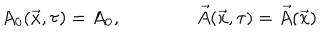
A _ { 0 } ( \vec { x } , \tau ) = A _ { 0 } , \qquad \qquad \vec { A } ( \vec { x } , \tau ) = \vec { A } ( \vec { x } )